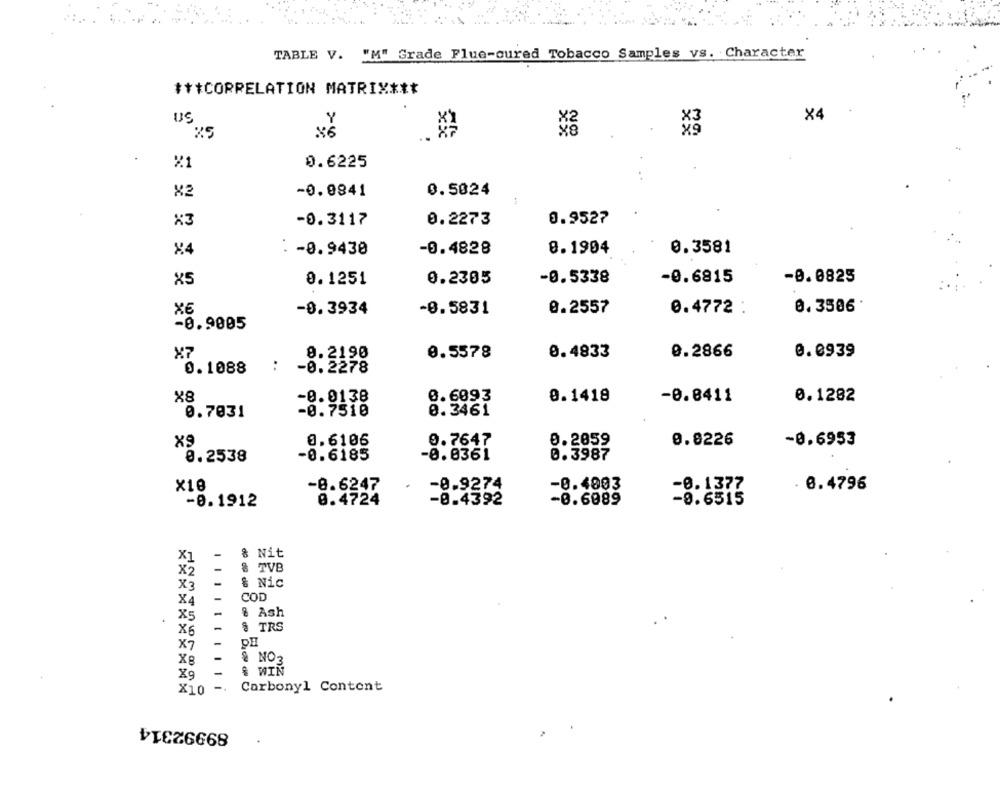
TABLE V. "M" Grade Flue-oured Tobacco Samples vs. Character
*** CORRELATION MATRIX ***
US
X4
Y
×6
..
X1
0.6225
X2
-0.0841
0.5024
-0.3117
0.2273
0.9527
X3
84
: - 0.9430
-0.4828
0.1904
0.3581
X5
0.1251
0.2305
-0.5338
-0.6815
-0.0825
0.3586
-0.3934
-0.5831
0.2557
0.4772 :
-0.9005
X7
8.2190
0.5578
0.4833
0.2866
0.0939
0.1088
:
-0.2278
X8
-0.0138
0.6093
0.1418
-0.0411
0.1282
0.3461
0.7031
-0.7510
XS
0.6106
0.7647
0.2059
0.8226
-0.6953
0.2538
-0.6185
-0.0361
0.3987
×10
-0.9274
-0.4003
-0.1377
. 0.4796
-8.6247
-8.1912
8.4724
-8.4392
-0.6989
-8.6515
-
& Nit
X1
X2
& TVB
X3
& Nic
X4
COD
X5
-
& Ash
.
X6
-
§ TRS
X7
-
X8
& NO3
& WIN
X9
-
-.
Carbonyl Content
X10
89992314